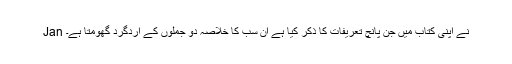
Jan نے اپنی کتاب میں جن پانچ تعریفات کا ذکر کیا ہے ان سب کا خلاصہ دو جملوں کے اردگرد گھومتا ہے۔